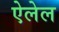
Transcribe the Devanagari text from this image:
ऐलेल